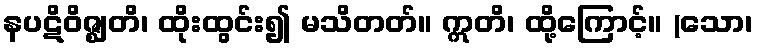
နပဋိဝိဇ္ဈတိ၊ ထိုးထွင်း၍ မသိတတ်။ ဣတိ၊ ထို့ကြောင့်။ (သော၊